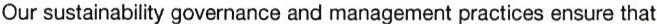
Our sustainability governance and management practices ensure that